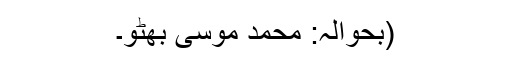
(بحوالہ: محمد موسیٰ بھٹو۔